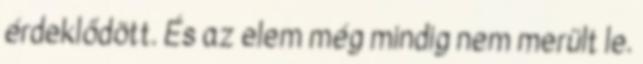
érdeklődött. És az elem még mindig nem merült le.